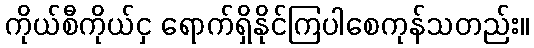
ကိုယ်စီကိုယ်ငှ ရောက်ရှိနိုင်ကြပါစေကုန်သတည်း။